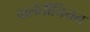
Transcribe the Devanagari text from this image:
वालेंतीनियन